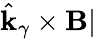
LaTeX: \hat{\mathbf{k}}_{\gamma}\times\mathbf{B}|